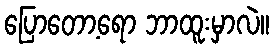
ပြောတော့ရော ဘာထူးမှာလဲ။